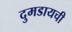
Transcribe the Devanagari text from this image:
दुमडायची